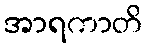
အာရကာတိ